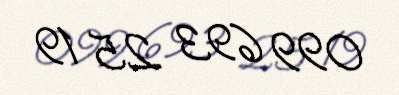
099 693 25 19